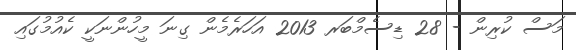
މަސް ކުރިން - 28 ޑިސެމްބަރ 2013 އަހަރެމެން ގިނަ މީހުންނަކީ ކެއުމުގައި